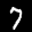
Label: 7